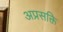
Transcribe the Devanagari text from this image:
अप्रसक्ति